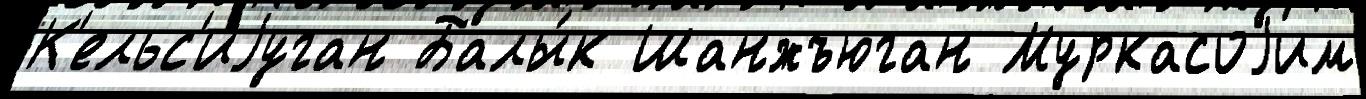
К'ельс'иjуган Балы́к Шанжъюган Муркасоjим